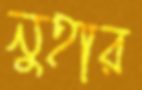
নুহার